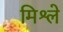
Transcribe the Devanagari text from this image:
मिश्ले